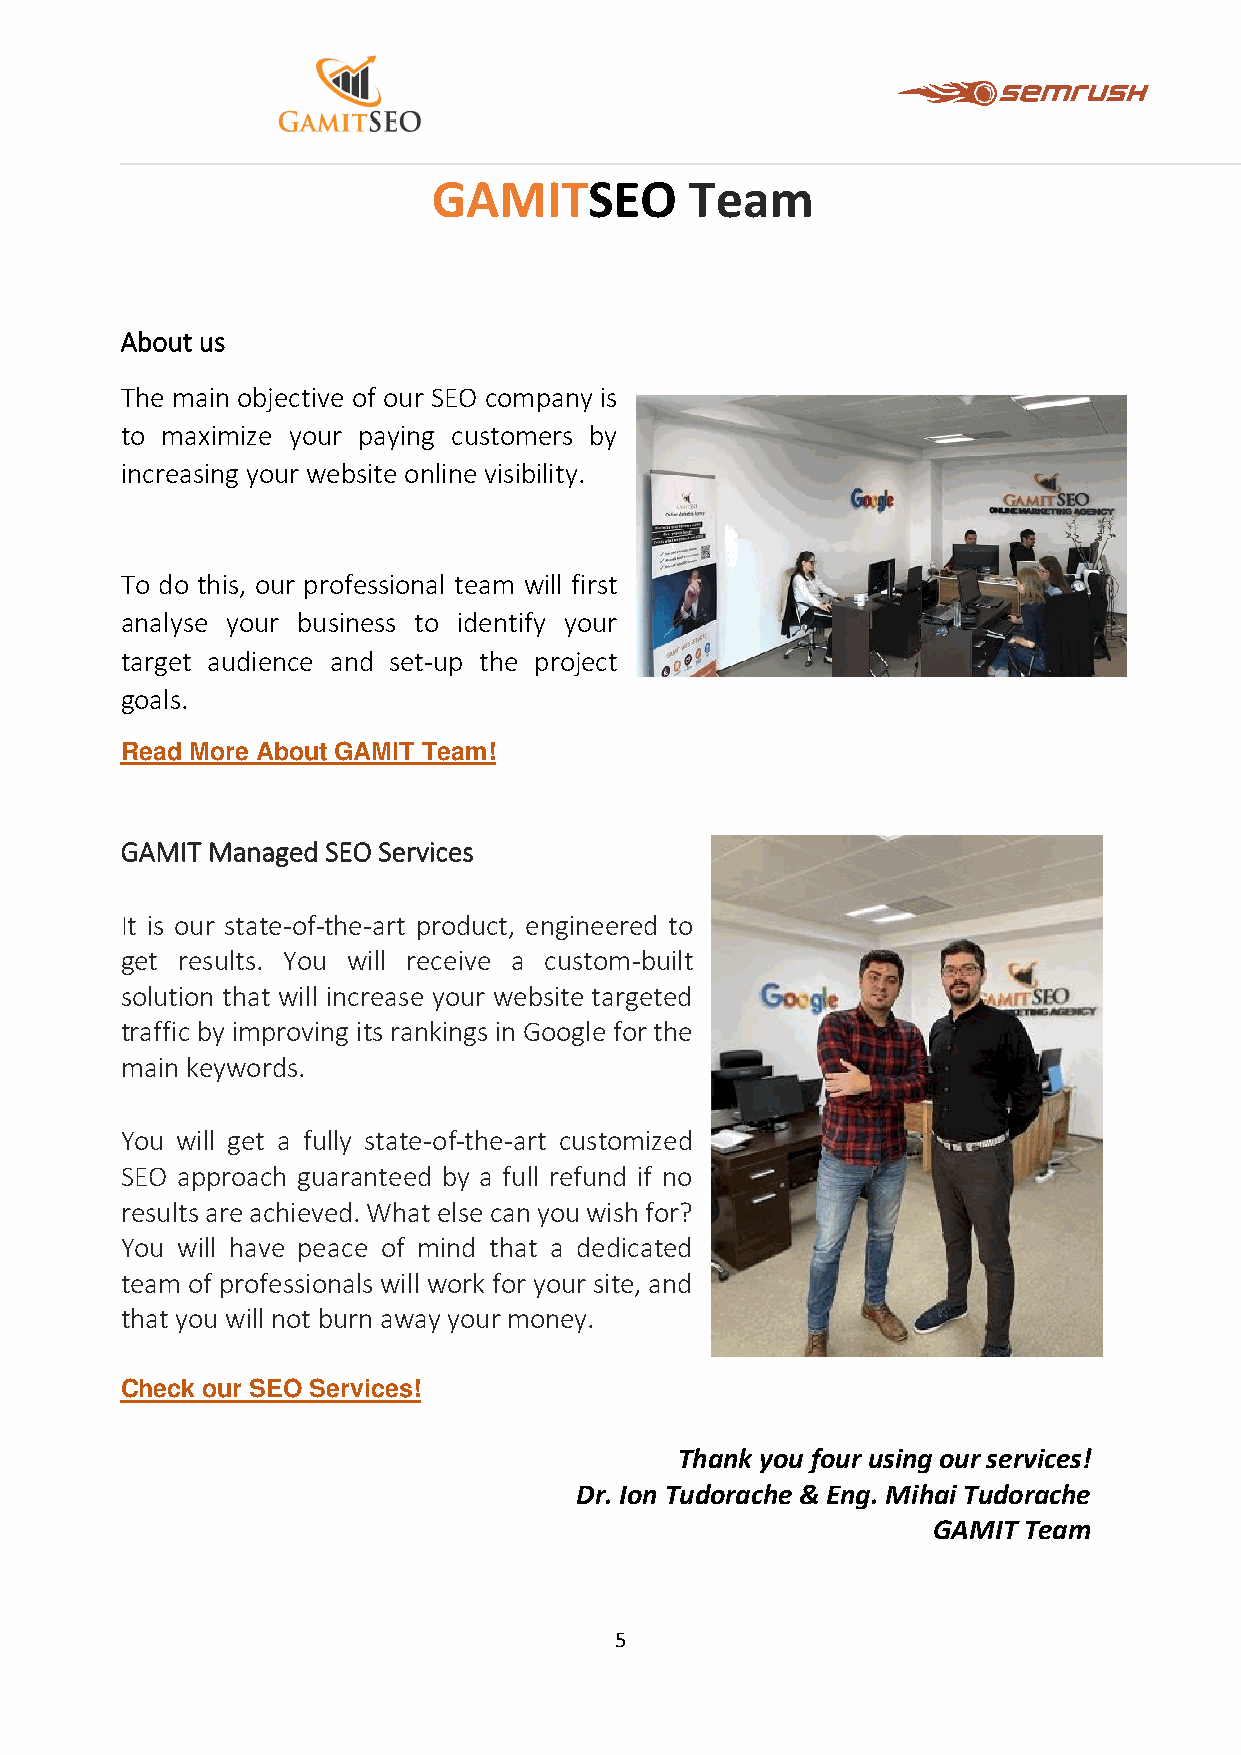
GAMITSEO         Team
 About us
 The main objective of our SEO company is
 to maximize your paying customers by
 increasing your website online visibility.
 To do this, our professional team will first
 analyse your business to identify your
 target audience and set-up the project
 goals.
 Read More About GAMIT Team!
 GAMIT Managed SEO Services
 It is our state-of-the-art product, engineered to
 get results. You will receive a custom-built
 solution that will increase your website targeted
 traffic by improving its rankings in Google for the
 main keywords.
 You will get a fully state-of-the-art customized
 SEO approach guaranteed by a full refund if no
 results are achieved. What else can you wish for?
 You will have peace of mind that a dedicated
 team of professionals will work for your site, and
 that you will not burn away your money.
 Check our SEO Services!
 Thank you four using our services!
 Dr. Ion Tudorache & Eng. Mihai Tudorache
 GAMIT Team
 5